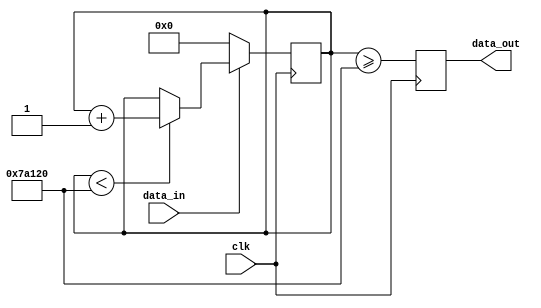
`timescale 1ns / 1ps
//////////////////////////////////////////////////////////////////////////////////
// Company: 
// Engineer: 
// 
// Design Name: 
// Module Name:    Debouncer 
// Project Name: 
// Target Devices: 
// Tool versions: 
// Description: 
//
// Dependencies: 
//
// Revision: 
// Revision 0.01 - File Created
// Additional Comments: 
//
//////////////////////////////////////////////////////////////////////////////////
module Debouncer(
    input clk,
    input data_in,
    output reg data_out
    );
	 
	 reg [19:0] counter = 19'b0;
	 
	 parameter N =500000;
	 always @(posedge clk) begin
		if (!data_in) begin
			counter <= 0;
		end
		else if (counter < N) begin
			counter <= counter + 1;
		end
		
		data_out = (counter >= N);
	end


endmodule